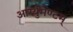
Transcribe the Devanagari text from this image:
आर्ग्युमेण्टम्